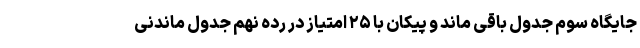
جایگاه سوم جدول باقی ماند و پیکان با ۲۵ امتیاز در رده نهم جدول ماندنی